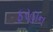
ફરહાન